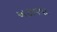
અટાવવા